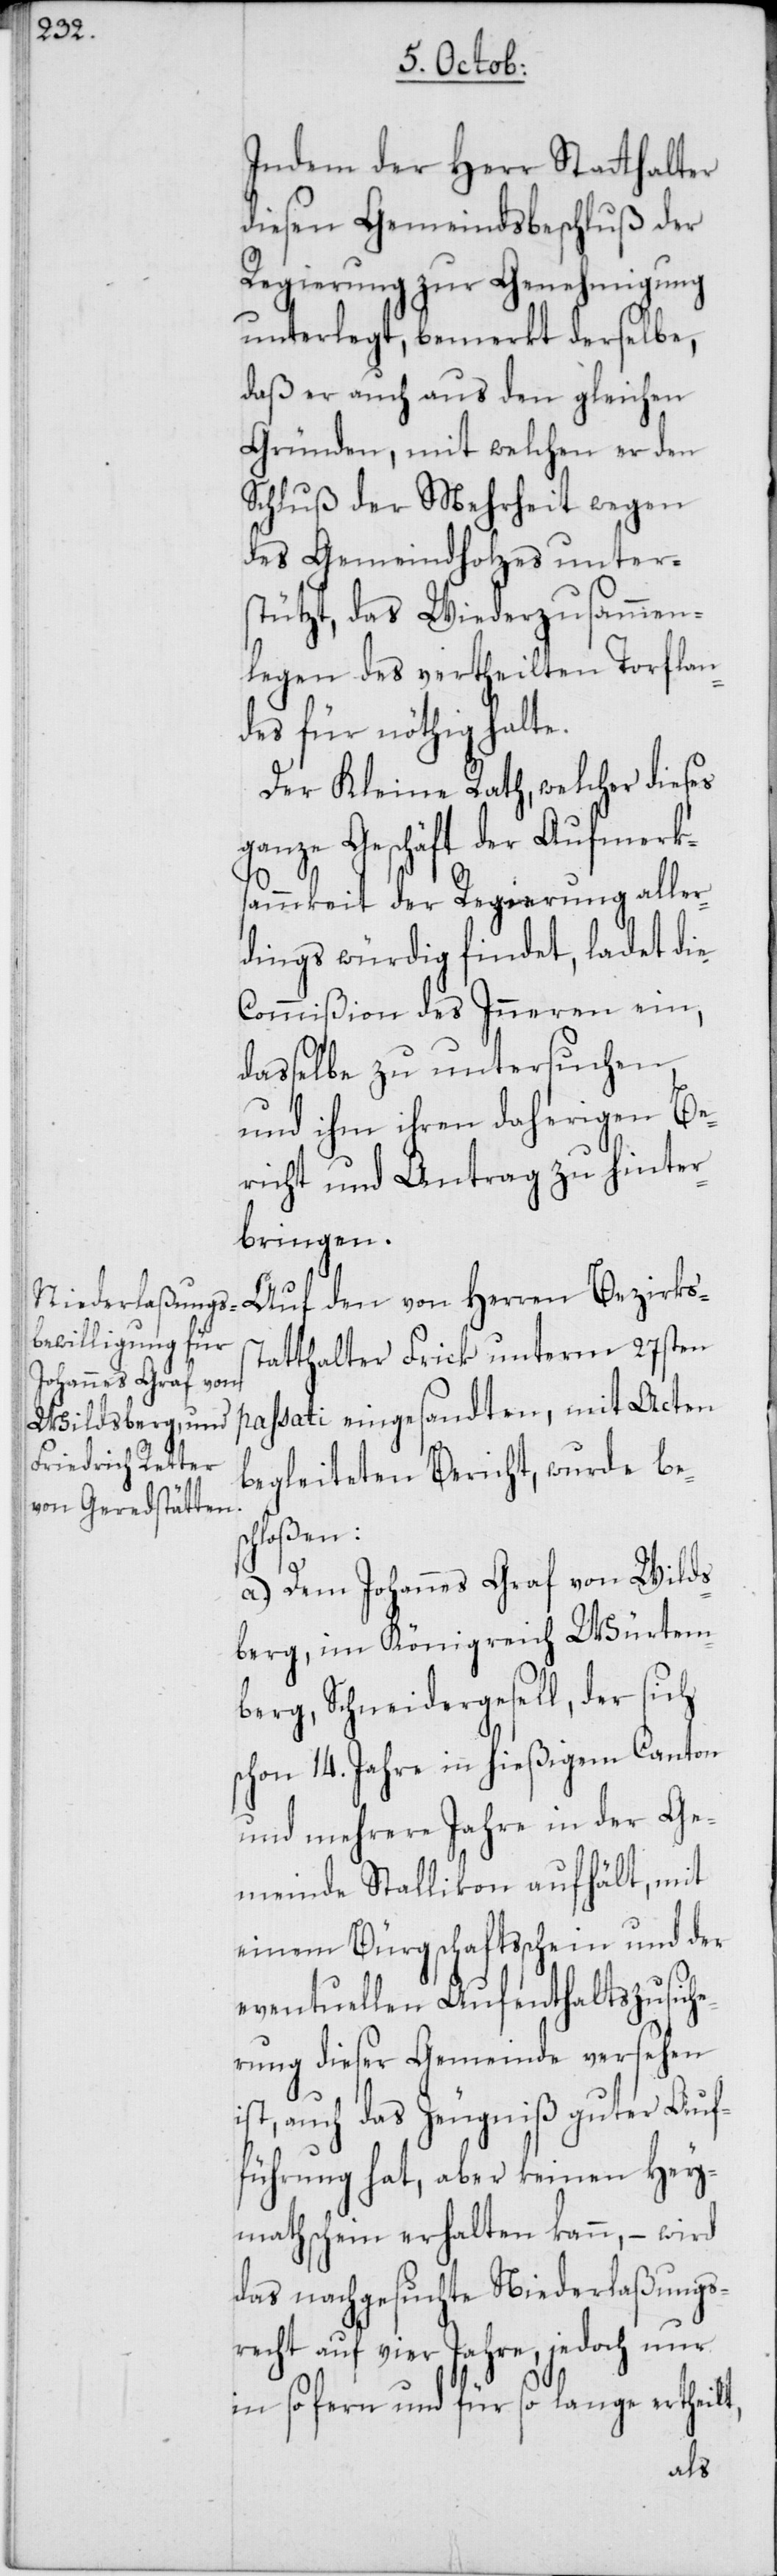
Indem der Herr Statthalter
diesen Gemeindsbeschluß der
Regierung zur Genehmigung
unterlegt, bemerkt derselbe,
daß er auch aus den gleichen
Gründen, mit welchen er den
Schluß der Mehrheit wegen
des Gemeindholzes unter¬
stützt, das Wiederzusammen¬
legen des vertheilten Torflan¬
des für nöthig halte.
Der Kleine Rath, welcher dieses
ganze Geschäft der Aufmerk¬
sammkeit der Regierung aller¬
dings würdig findet, ladet die
Commißion des Inneren ein,
dasselbe zu untersuchen,
und ihm ihren daherigen Be¬
richt und Antrag zu hinter¬
bringen.
sc¬
Auf den von Herren Bezirkss¬
tatthalter Frick unterm 27sten
passati eingesandten, mit Acten
begleiteten Bericht, wurde be¬
hloßen:
a.) Dem Johannes Graf von Wilds¬
berg, im Königreich Würtem¬
berg, Schneidergesell, der sich
schon 14. Jahre in hießigem Canton
und mehrere Jahre in der Ge¬
meinde Stallikon aufhält, mit
einem Bürgschaftsschein und der
eventuellen Aufenthaltszusich¬
erung dieser Gemeinde versehen
ist, auch das Zeugniß guter Auf¬
führung hat, aber keinen Hey¬
mathschein erhalten kann, – wird
das nachgesuchte Niederlaßungs¬
recht auf vier Jahre, jedoch nur
in so fern und für so lange ertheilt,